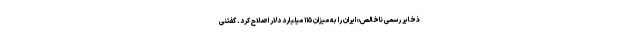
ذخایر رسمی ناخالص» ایران را به میزان ۱۱۵ میلیارد دلار اصلاح کرد. گفتنی